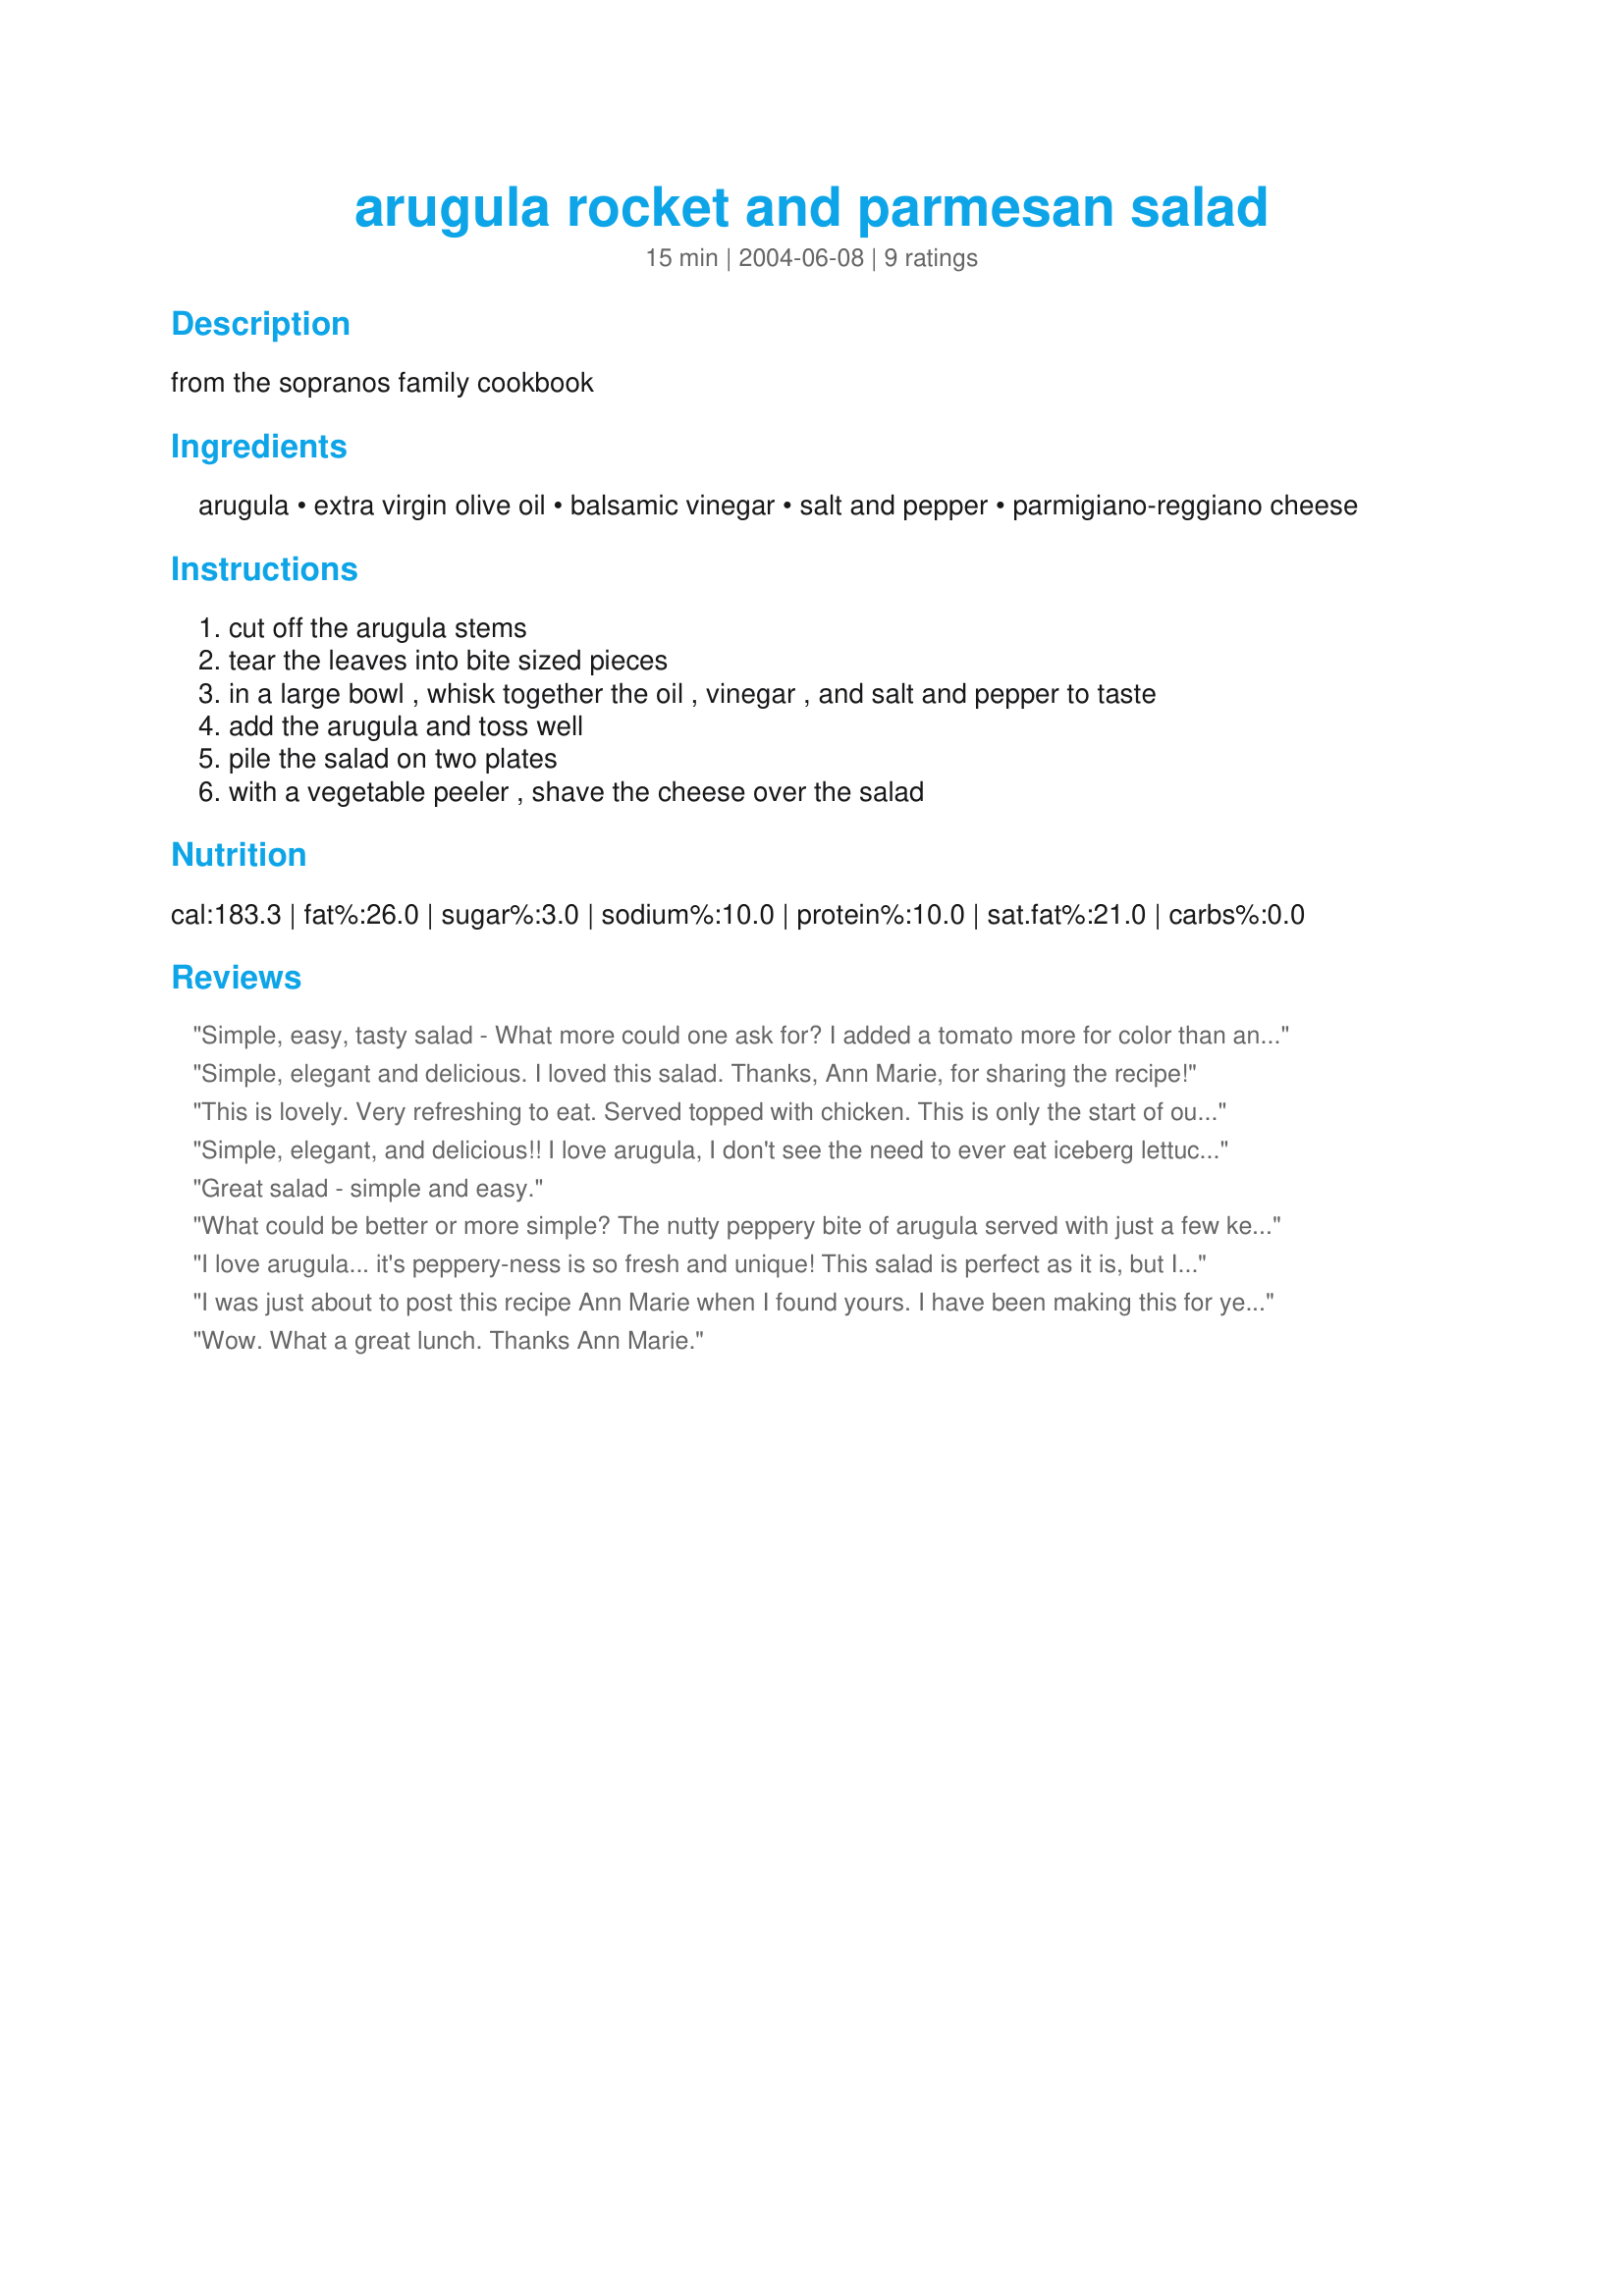
arugula rocket and parmesan salad
Preparation time: 15 minutes

from the sopranos family cookbook

Ingredients:
arugula, extra virgin olive oil, balsamic vinegar, salt and pepper, parmigiano-reggiano cheese

Steps:
cut off the arugula stems
tear the leaves into bite sized pieces
in a large bowl , whisk together the oil , vinegar , and salt and pepper to taste
add the arugula and toss well
pile the salad on two plates
with a vegetable peeler , shave the cheese over the salad

Reviews:
Simple, easy, tasty salad - What more could one ask for? I added a tomato more for color than anything. I do love the spicy flavor of Arugula Thanks for posting Ann Marie F
Simple, elegant and delicious. I loved this salad. Thanks, Ann Marie, for sharing the recipe!
This is lovely. Very refreshing to eat. Served topped with chicken. This is only the start of our hot summer so I'm sure this will be made again soon! Thanks for posting.
Simple, elegant, and delicious!! I love arugula, I don't see the need to ever eat iceberg lettuce or one of those other tasteless lettuces, I always eat a more flavorful green such as arugula when I have salad! And with good balsamic and olive oil plus parmigiano-reggiano, you can't go wrong!
Great salad - simple and easy.
What could be better or more simple? The nutty peppery bite of arugula served with just a few key ingredients makes this my new favorite, easy, last minute, yet still elegant salad. Got huge raves when served to all my g-friends tonigt...thanks so much!
I love arugula... it's peppery-ness is so fresh and unique! This salad is perfect as it is, but I also love to add dried cranberries for a touch of sweetness. (By the way... I got my paws on some Boot Jack olive oil from Paso Robles. Sooooooo incredible in this salad!) Thanks for a simple and perfect recipe!
I was just about to post this recipe Ann Marie when I found yours. I have been making this for years, although I serve it on a white platter along with roma tomatoes (cut in halves or quarters depending on size) and then just dribble the dressing over. It is such a great salad and always looks so fresh, definitely 5 stars. This will go straight into my favourites cookbook.
Wow. What a great lunch. Thanks Ann Marie.
